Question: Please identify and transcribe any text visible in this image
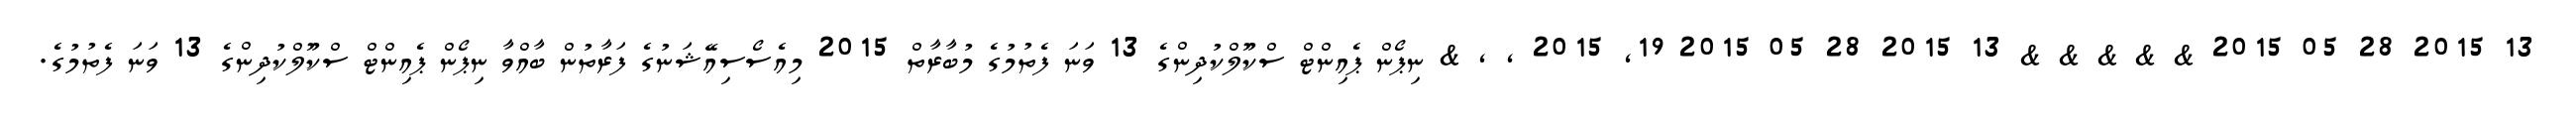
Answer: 13 2015 28 05 2015 & & & & & 13 2015 28 05 2015 19, 2015 , , & ނިޕޯން ޕެއިންޓް ސްކޫލްކުދިންގެ 13 ވަނަ ފެތުމުގެ މުބާރާތް 2015 މިއެސޯސިއޭޝަނުގެ ފަރާތުން ބާއްވާ ނިޕޯން ޕެއިންޓް ސްކޫލްކުދިންގެ 13 ވަނަ ފެތުމުގެ.